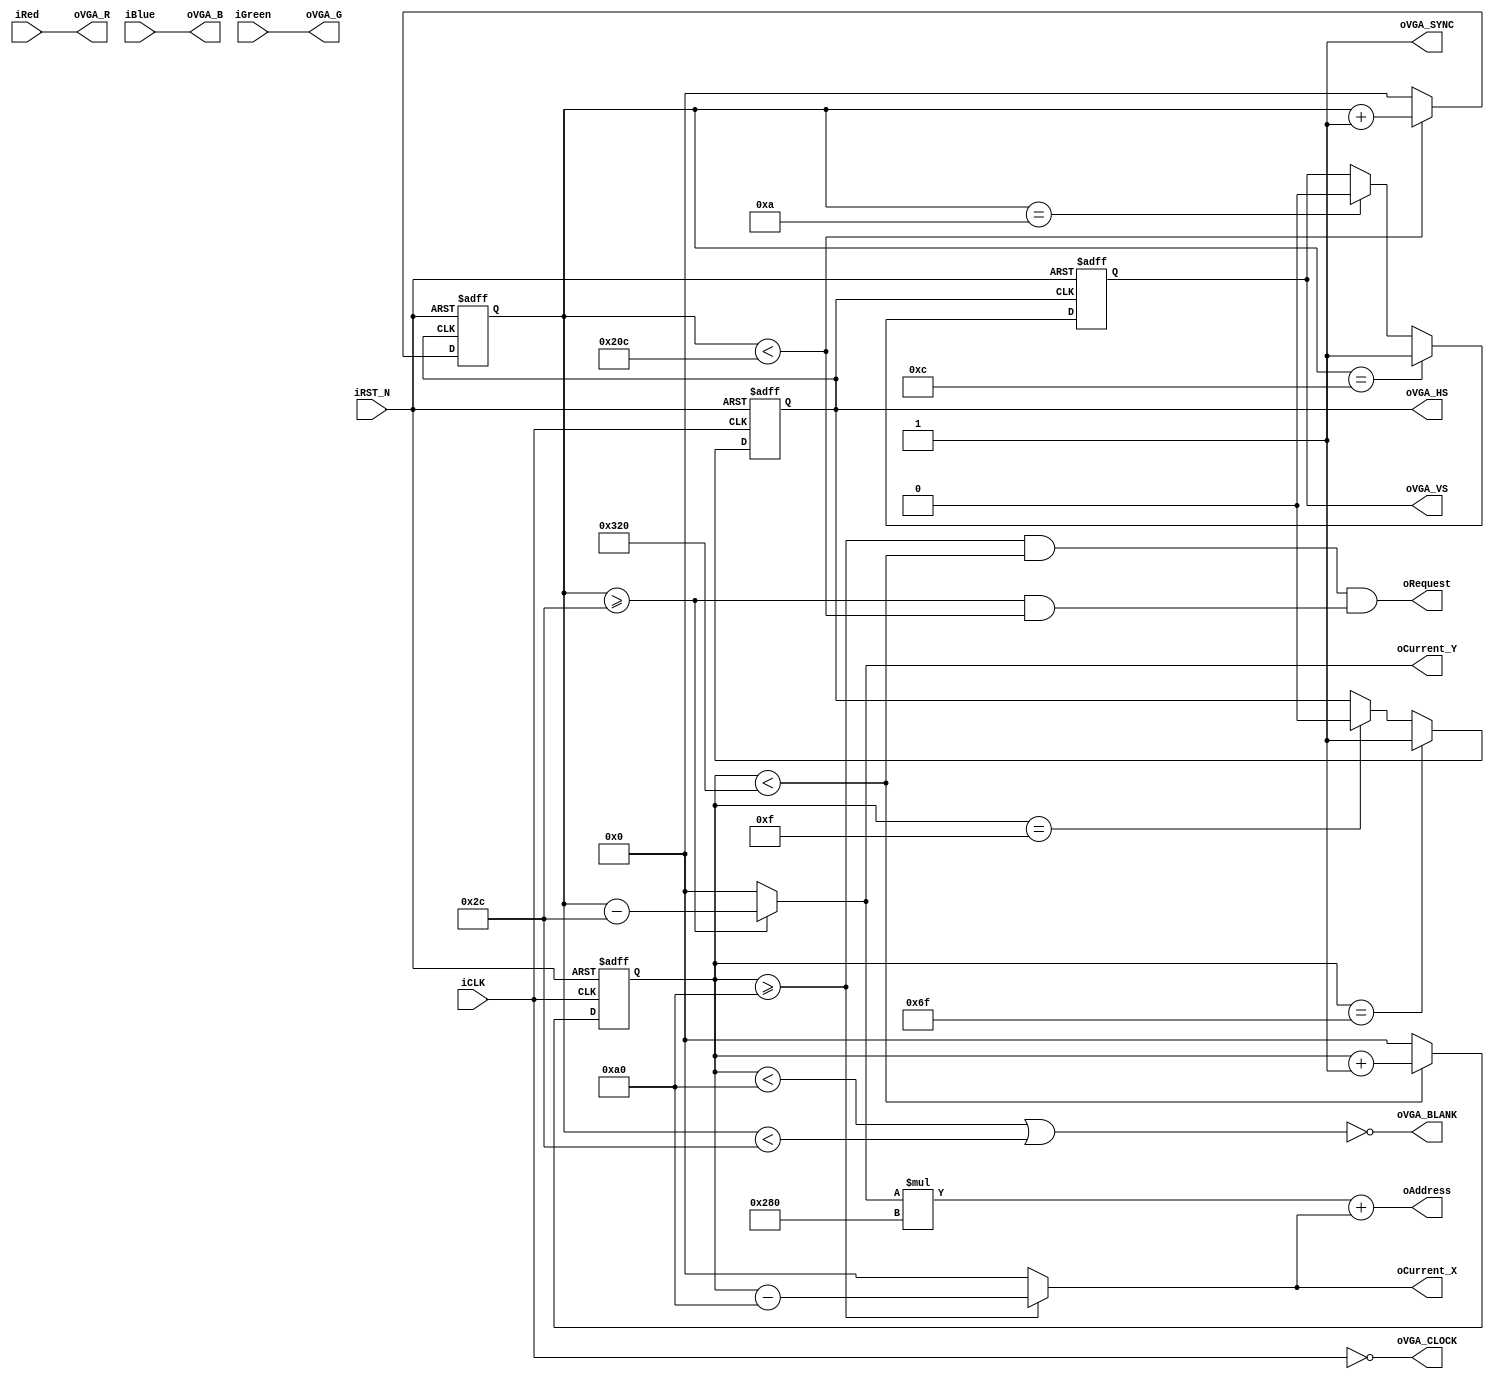
module	VGA_Ctrl	(	//	Host Side
						iRed,
						iGreen,
						iBlue,
						oCurrent_X,
						oCurrent_Y,
						oAddress,
						oRequest,
						//	VGA Side
						oVGA_R,
						oVGA_G,
						oVGA_B,
						oVGA_HS,
						oVGA_VS,
						oVGA_SYNC,
						oVGA_BLANK,
						oVGA_CLOCK,
						//	Control Signal
						iCLK,
						iRST_N	);
//	Host Side
input		[9:0]	iRed;
input		[9:0]	iGreen;
input		[9:0]	iBlue;
output		[21:0]	oAddress;
output		[10:0]	oCurrent_X;
output		[10:0]	oCurrent_Y;
output				oRequest;
//	VGA Side
output		[9:0]	oVGA_R;
output		[9:0]	oVGA_G;
output		[9:0]	oVGA_B;
output	reg			oVGA_HS;
output	reg			oVGA_VS;
output				oVGA_SYNC;
output				oVGA_BLANK;
output				oVGA_CLOCK;
//	Control Signal
input				iCLK;
input				iRST_N;	
//	Internal Registers
reg			[10:0]	H_Cont;
reg			[10:0]	V_Cont;
////////////////////////////////////////////////////////////
//	Horizontal	Parameter
parameter	H_FRONT	=	16;
parameter	H_SYNC	=	96;
parameter	H_BACK	=	48;
parameter	H_ACT	=	640;
parameter	H_BLANK	=	H_FRONT+H_SYNC+H_BACK; //160
parameter	H_TOTAL	=	H_FRONT+H_SYNC+H_BACK+H_ACT; //800
////////////////////////////////////////////////////////////
//	Vertical Parameter
parameter	V_FRONT	=	11;
parameter	V_SYNC	=	2;
parameter	V_BACK	=	31;
parameter	V_ACT	=	480;
parameter	V_BLANK	=	V_FRONT+V_SYNC+V_BACK; //44
parameter	V_TOTAL	=	V_FRONT+V_SYNC+V_BACK+V_ACT; //524
////////////////////////////////////////////////////////////
assign	oVGA_SYNC	=	1'b1;			//	This pin is unused.
assign	oVGA_BLANK	=	~((H_Cont<H_BLANK)||(V_Cont<V_BLANK));
assign	oVGA_CLOCK	=	~iCLK;
assign	oVGA_R		=	iRed;
assign	oVGA_G		=	iGreen;
assign	oVGA_B		=	iBlue;
assign	oAddress	=	oCurrent_Y*H_ACT+oCurrent_X;
assign	oRequest	=	((H_Cont>=H_BLANK && H_Cont<H_TOTAL)	&&
						 (V_Cont>=V_BLANK && V_Cont<V_TOTAL));
assign	oCurrent_X	=	(H_Cont>=H_BLANK)	?	H_Cont-H_BLANK	:	11'h0	;
assign	oCurrent_Y	=	(V_Cont>=V_BLANK)	?	V_Cont-V_BLANK	:	11'h0	;

//	Horizontal Generator: Refer to the pixel clock
always@(posedge iCLK or negedge iRST_N)
begin
	if(!iRST_N)
	begin
		H_Cont		<=	0;
		oVGA_HS		<=	1;
	end
	else
	begin
		if(H_Cont<H_TOTAL)
		H_Cont	<=	H_Cont+1'b1;
		else
		H_Cont	<=	0;
		//	Horizontal Sync
		if(H_Cont==H_FRONT-1)			//	Front porch end
		oVGA_HS	<=	1'b0;
		if(H_Cont==H_FRONT+H_SYNC-1)	//	Sync pulse end
		oVGA_HS	<=	1'b1;
	end
end

//	Vertical Generator: Refer to the horizontal sync
always@(posedge oVGA_HS or negedge iRST_N)
begin
	if(!iRST_N)
	begin
		V_Cont		<=	0;
		oVGA_VS		<=	1;
	end
	else
	begin
		if(V_Cont<V_TOTAL)
		V_Cont	<=	V_Cont+1'b1;
		else
		V_Cont	<=	0;
		//	Vertical Sync
		if(V_Cont==V_FRONT-1)			//	Front porch end
		oVGA_VS	<=	1'b0;
		if(V_Cont==V_FRONT+V_SYNC-1)	//	Sync pulse end
		oVGA_VS	<=	1'b1;
	end
end

endmodule